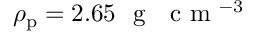
\rho _ { \mathrm { p } } = 2 . 6 5 ~ \textrm { g } ~ \textrm { c m } ^ { - 3 }